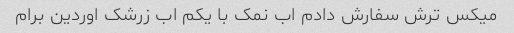
میکس ترش سفارش دادم اب نمک با یکم اب زرشک اوردین برام